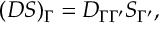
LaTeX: ( D S ) _ { \Gamma } = D _ { \Gamma \Gamma ^ { \prime } } S _ { \Gamma ^ { \prime } } ,